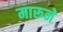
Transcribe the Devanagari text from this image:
मारूने